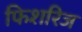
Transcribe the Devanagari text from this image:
फिशरिज